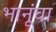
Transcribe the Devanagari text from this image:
भानूंचा